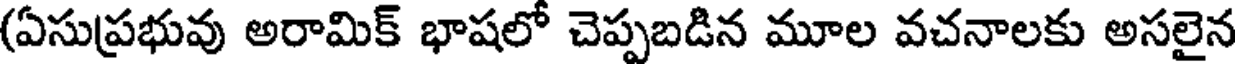
(ఏసుప్రభువు అరామిక్ భాషలో చెప్పబడిన మూల వచనాలకు అసలైన